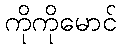
ကိုကိုမောင်